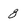
Character: 8